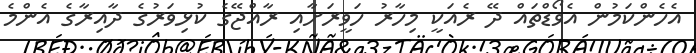
އެހެންކަމުން އެވޯޑްތައް ދޭ ރެއަކީ މިހާރު ހަވީރަށާއި ރާއްޖޭގެ ކުޅިވަރުގެ ދާއިރާގެ އެންމެ